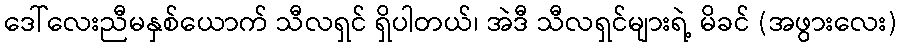
ဒေါ်လေးညီမနှစ်ယောက် သီလရှင် ရှိပါတယ်၊ အဲဒီ သီလရှင်များရဲ့ မိခင် (အဖွားလေး)